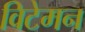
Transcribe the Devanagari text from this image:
विटेमन